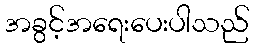
အခွင့်အရေးပေးပါသည်